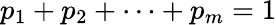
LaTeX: p_{1}+p_{2}+\cdots+p_{m}=1